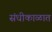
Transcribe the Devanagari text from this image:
संधीकाळात